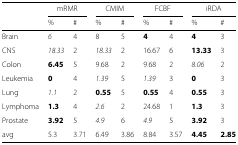
<table><thead><tr><td></td><td colspan="2"><b>mRMR</b></td><td colspan="2"><b>CMIM</b></td><td colspan="2"><b>FCBF</b></td><td colspan="2"><b>iRDA</b></td></tr><tr><td></td><td><b>%</b></td><td><b>#</b></td><td><b>%</b></td><td><b>#</b></td><td><b>%</b></td><td><b>#</b></td><td><b>%</b></td><td><b>#</b></td></tr></thead><tbody><tr><td>Brain</td><td><i>6</i></td><td>4</td><td>8</td><td>5</td><td><b>4</b></td><td>4</td><td><b>4</b></td><td>3</td></tr><tr><td>CNS</td><td><i>18.33</i></td><td>2</td><td><i>18.33</i></td><td>2</td><td>16.67</td><td>6</td><td><b>13.33</b></td><td>3</td></tr><tr><td>Colon</td><td><b>6.45</b></td><td>5</td><td>9.68</td><td>2</td><td>9.68</td><td>2</td><td><i>8.06</i></td><td>2</td></tr><tr><td>Leukemia</td><td><b>0</b></td><td>4</td><td><i>1.39</i></td><td>5</td><td><i>1.39</i></td><td>3</td><td><b>0</b></td><td>3</td></tr><tr><td>Lung</td><td><i>1.1</i></td><td>2</td><td><b>0.55</b></td><td>5</td><td><b>0.55</b></td><td>4</td><td><b>0.55</b></td><td>3</td></tr><tr><td>Lymphoma</td><td><b>1.3</b></td><td>4</td><td><i>2.6</i></td><td>2</td><td>24.68</td><td>1</td><td><b>1.3</b></td><td>3</td></tr><tr><td>Prostate</td><td><b>3.92</b></td><td>5</td><td><i>4.9</i></td><td>6</td><td><i>4.9</i></td><td>5</td><td><b>3.92</b></td><td>3</td></tr><tr><td>avg</td><td>5.3</td><td>3.71</td><td>6.49</td><td>3.86</td><td>8.84</td><td>3.57</td><td><b>4.45</b></td><td><b>2.85</b></td></tr></tbody></table>